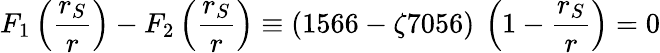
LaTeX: F_{1}\left(\frac{r_{S}}{r}\right)-F_{2}\left(\frac{r_{S}}{r}\right)\equiv\left(1566-\zeta 7056\right)\: \left(1-\frac{r_{S}}{r}\right)=0